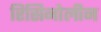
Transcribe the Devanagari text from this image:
रिसिनोलीन